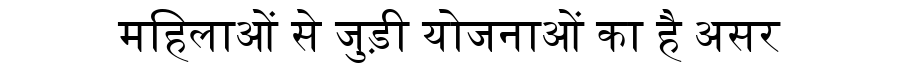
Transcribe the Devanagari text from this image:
महिलाओं से जुड़ी योजनाओं का है असर